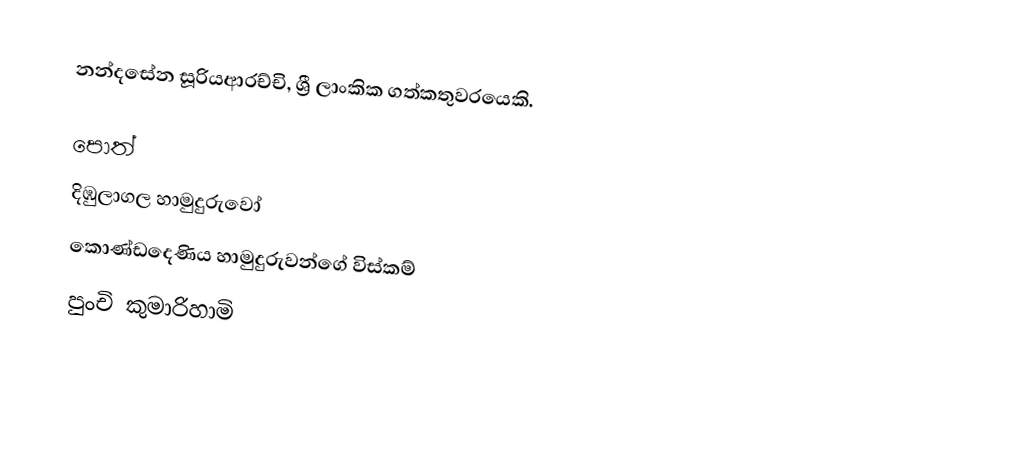
නන්දසේන සූරියආරච්චි, ශ්‍රී ලාංකික ගත්කතුවරයෙකි.

පොත්
 දිඹුලාගල හාමුදුරුවෝ
 කොණ්ඩදෙණිය හාමුදුරුවන්ගේ විස්කම්
 පුංචි කුමාරිහාමි